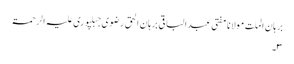
برہان الملت مولانا مفتی عبدالباقی برہان الحق رضوی جبلپوری علیہ الرحمۃ
۳۔